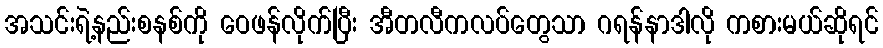
အသင်းရဲ့နည်းစနစ်ကို ဝေဖန်လိုက်ပြီး အီတလီကလပ်တွေသာ ဂရန်နာဒါလို ကစားမယ်ဆိုရင်